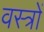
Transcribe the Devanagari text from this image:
वस्‍त्रों